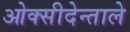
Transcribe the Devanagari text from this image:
ओक्सीदेन्ताले